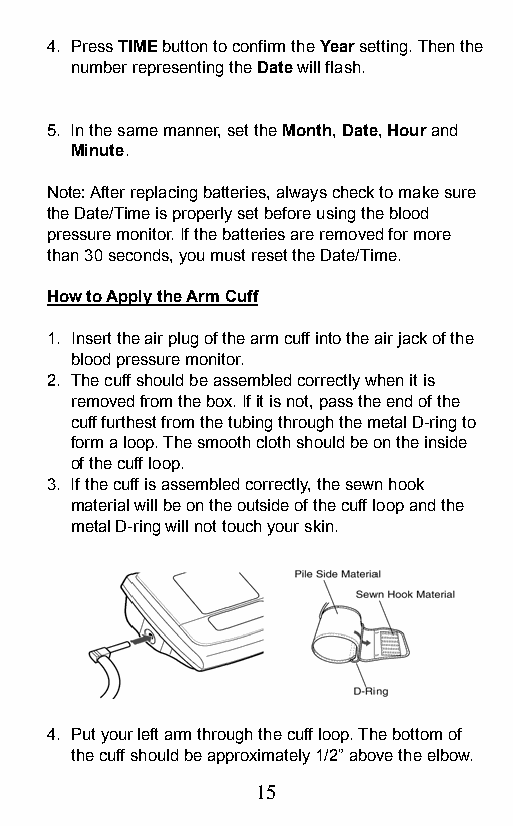
4. Press TIME button to confirm the Year setting. Then the
 number representing the Date will flash.
 5. In the same manner, set the Month, Date, Hour and
 Minute.
 Note: After replacing batteries, always check to make sure
 the Date/Time is properly set before using the blood
 pressure monitor. If the batteries are removed for more
 than 30 seconds, you must reset the Date/Time.
 How to Apply the Arm Cuff
 1. Insert the air plug of the arm cuff into the air jack of the
 blood pressure monitor.
 2. The cuff should be assembled correctly when it is
 removed from the box. If it is not, pass the end of the
 cuff furthest from the tubing through the metal D-ring to
 form a loop. The smooth cloth should be on the inside
 of the cuff loop.
 3. If the cuff is assembled correctly, the sewn hook
 material will be on the outside of the cuff loop and the
 metal D-ring will not touch your skin.
 4. Put your left arm through the cuff loop. The bottom of
 the cuff should be approximately 1/2” above the elbow.
 15